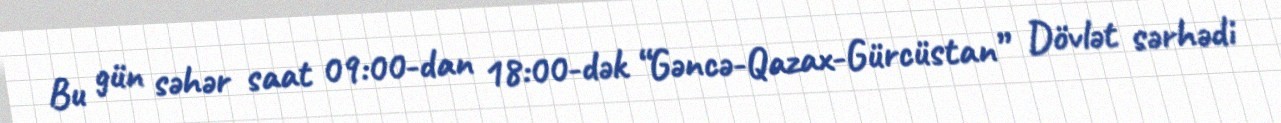
Bu gün səhər saat 09:00-dan 18:00-dək “Gəncə-Qazax-Gürcüstan” Dövlət sərhədi